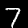
Label: 7